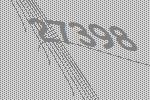
27398